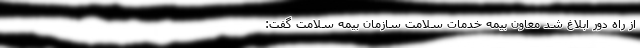
از راه دور ابلاغ شد معاون بیمه خدمات سلامت سازمان بیمه سلامت گفت: